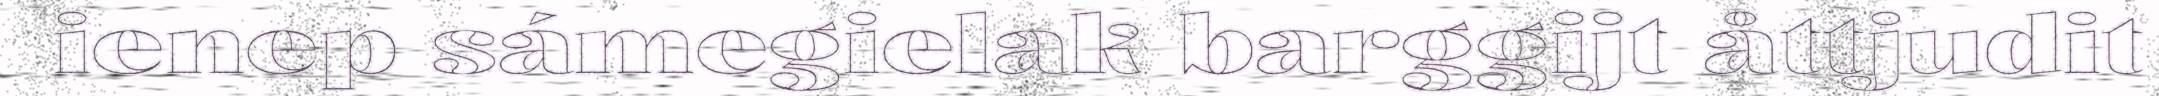
ienep sámegielak barggijt åttjudit